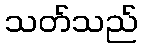
သတ်သည်